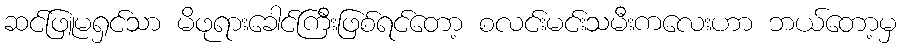
ဆင်ဖြူမရှင်သာ မိဖုရားခေါင်ကြီးဖြစ်ရင်တော့ စလင်းမင်းသမီးကလေးဟာ ဘယ်တော့မှ